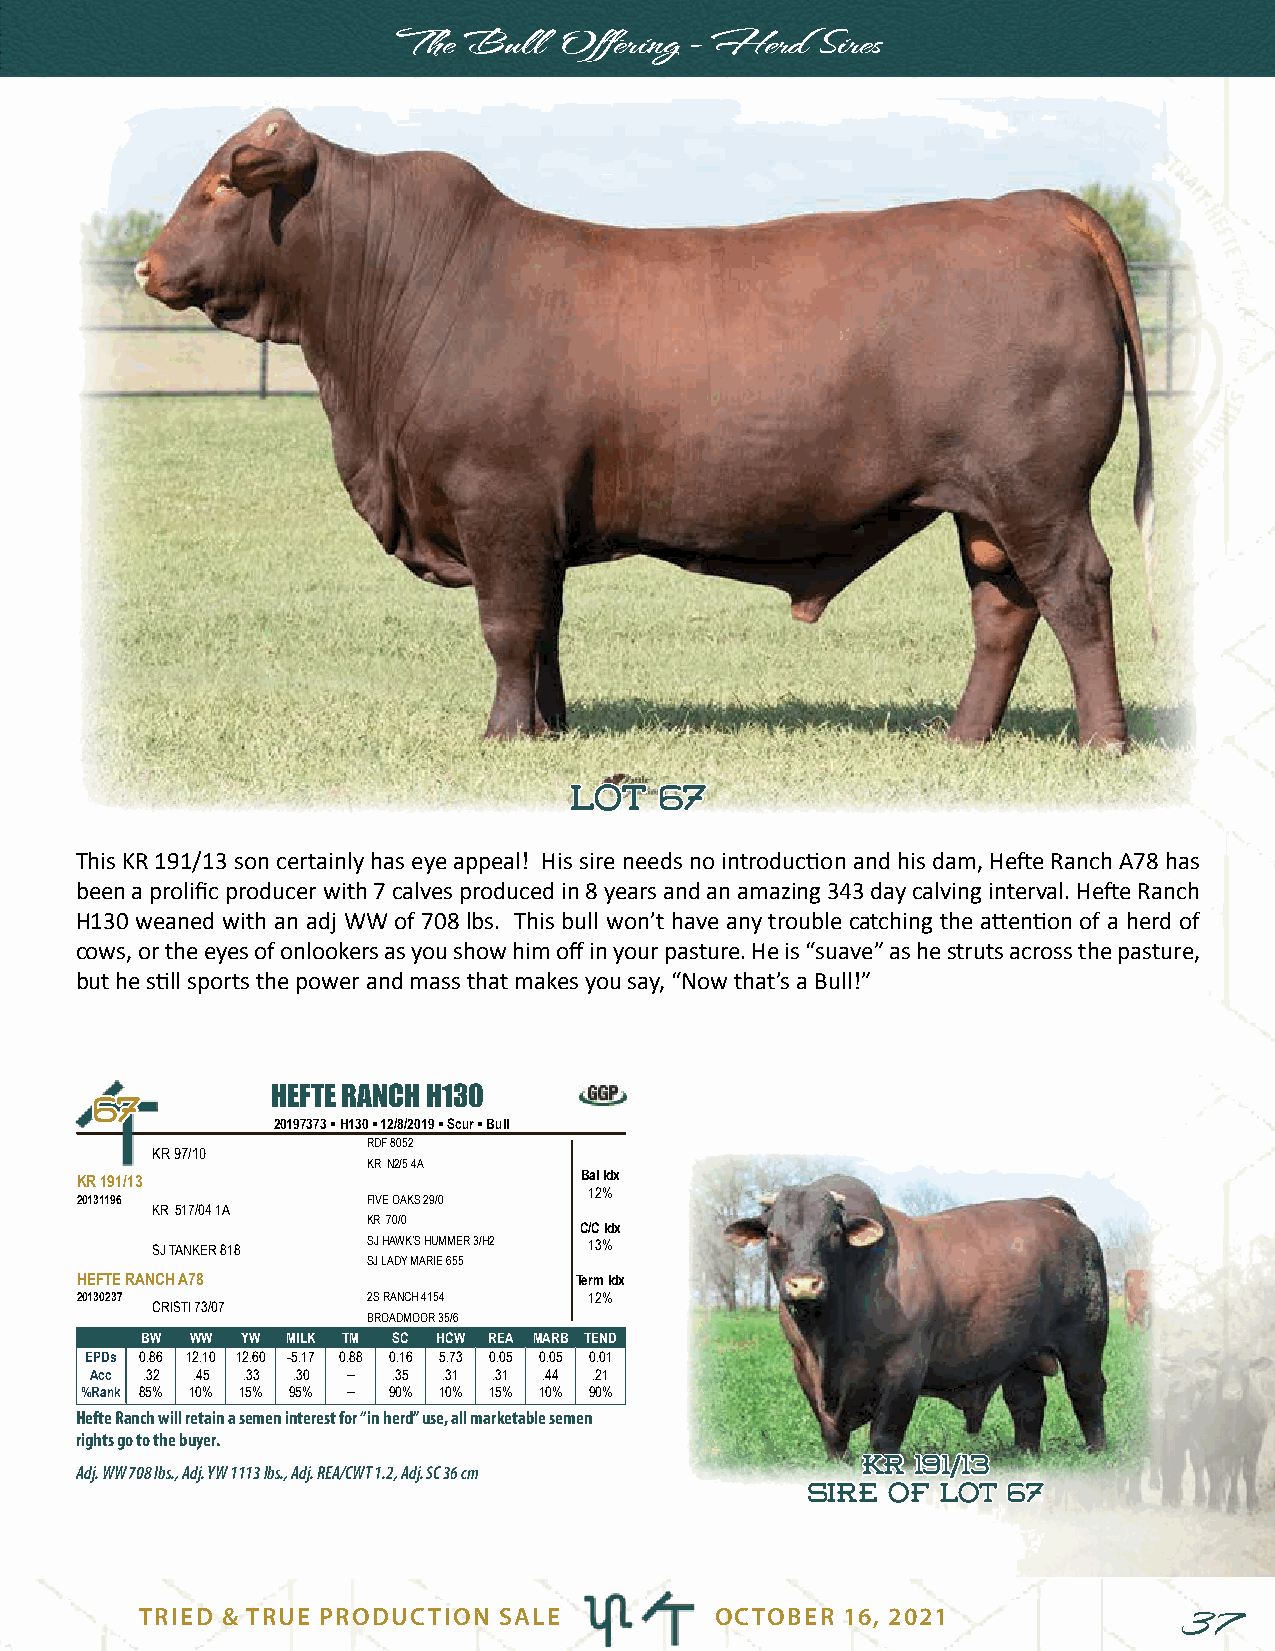
The  Bull  Offering - Herd  Sires
 LLoott 6677
 This KR 191/13 son certainly has eye appeal! His sire needs no introduction and his dam, Hefte Ranch A78 has
 been a prolific producer with 7 calves produced in 8 years and an amazing 343 day calving interval. Hefte Ranch
 H130 weaned with an adj WW of 708 lbs. This bull won’t have any trouble catching the attention of a herd of
 cows, or the eyes of onlookers as you show him off in your pasture. He is “suave” as he struts across the pasture,
 but he still sports the power and mass that makes you say, “Now that’s a Bull!”
 HEFTE RANCH H130
 6677
 20197373 l H130 l 12/8/2019 l Scur l Bull
 RDF 8052
 KR 97/10
 KR N2/5 4A
 KR 191/13                        Bal Idx
 12%
 20131196           FIVE OAKS 29/0
 KR 517/04 1A
 KR 70/0
 C/C Idx
 SJ TANKER 818 SJ HAWK’S HUMMER 3/H2 13%
 SJ LADY MARIE 655
 HEFTE RANCH A78                  Term Idx
 20130237           2S RANCH 4154  12%
 CRISTI 73/07
 BROADMOOR 35/6
 BW  WW YW MILK TM SC HCW REA MARB TEND
 EPDs 0.86 12.10 12.60 -5.17 0.88 0.16 5.73 0.05 0.05 0.01
 Acc .32 .45 .33 .30 -- .35 .31 .31 .44 .21
 %Rank 85% 10% 15% 95% -- 90% 10% 15% 10% 90%
 Hefte Ranch will retain a semen interest for “in herd” use, all marketable semen
 rights go to the buyer.
 KKRR 119911//1133
 Adj. WW 708 lbs., Adj. YW 1113 lbs., Adj. REA/CWT 1.2, Adj. SC 36 cm
 SSiirree ooff LLoott 6677
 TRIED & TRUE PRODUCTION SALE          OCTOBER  16, 2021              37